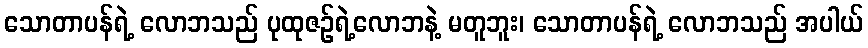
သောတာပန်ရဲ့ လောဘသည် ပုထုဇဉ်ရဲ့လောဘနဲ့ မတူဘူး၊ သောတာပန်ရဲ့ လောဘသည် အပါယ်